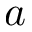
a